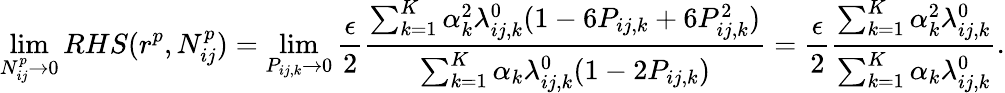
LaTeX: \operatorname*{lim}_{N_{ij}^{p}\to 0}RHS(r^{p},N_{ij}^{p})=\operatorname*{lim}_{P_{ij,k}\to 0}\frac{\epsilon}{2}\frac{\sum_{k=1}^{K}\alpha_{k}^{2}\lambda_{ij,k}^{0}(1-6P_{ij,k}+6P_{ij,k}^{2})}{\sum_{k=1}^{K}\alpha_{k}\lambda_{ij,k}^{0}(1-2P_{ij,k})}=\frac{\epsilon}{2}\frac{\sum_{k=1}^{K}\alpha_{k}^{2}\lambda_{ij,k}^{0}}{\sum_{k=1}^{K}\alpha_{k}\lambda_{ij,k}^{0}}.